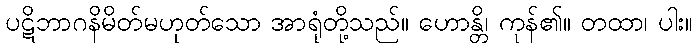
ပဋိဘာဂနိမိတ်မဟုတ်သော အာရုံတို့သည်။ ဟောန္တိ၊ ကုန်၏။ တထာ၊ ပါး။